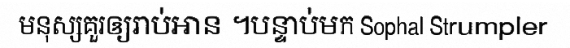
មនុស្សគួរឲ្យរាប់អាន ។បន្ទាប់មក Sophal Strumpler